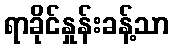
ရာခိုင်နှုန်းခန့်သာ